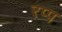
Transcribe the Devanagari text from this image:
रप्प